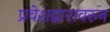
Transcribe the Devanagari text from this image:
प्रवेशद्वारावरुन